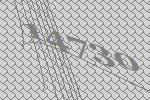
14730